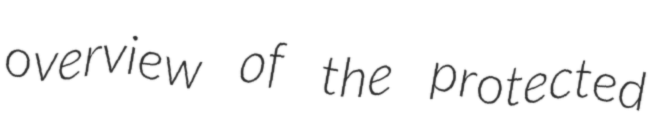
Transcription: overview of the protected